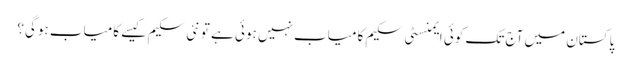
پاکستان میں آج تک کوئی ایمنسٹی سکیم کامیاب نہیں ہوئی ہے تو نئی سکیم کیسے کامیاب ہوگی؟